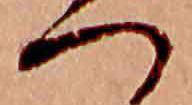
へ